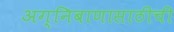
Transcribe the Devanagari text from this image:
अग्निबाणासाठीची